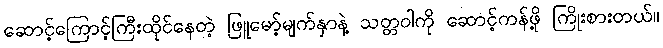
ဆောင့်ကြောင့်ကြီးထိုင်နေတဲ့ ဖြူမော့်မျက်နှာနဲ့ သတ္တဝါကို ဆောင့်ကန်ဖို့ ကြိုးစားတယ်။